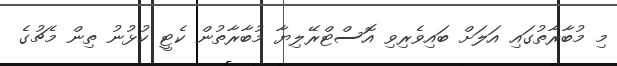
މި މުބާރާތުގައި އަލަށް ބައިވެރިވި އޮސްޓްރޭލިޔާ މުބާރާތުން ކެޓީ ކުޅުނު ތިން މެޗުގެ